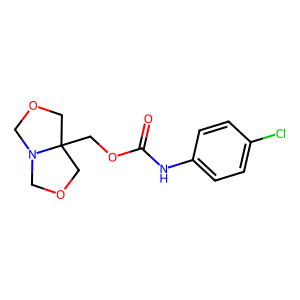
SMILES: O=C(Nc1ccc(Cl)cc1)OCC12COCN1COC2
Inhibits HIV replication: No